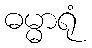
ဓမ္မာရုံ